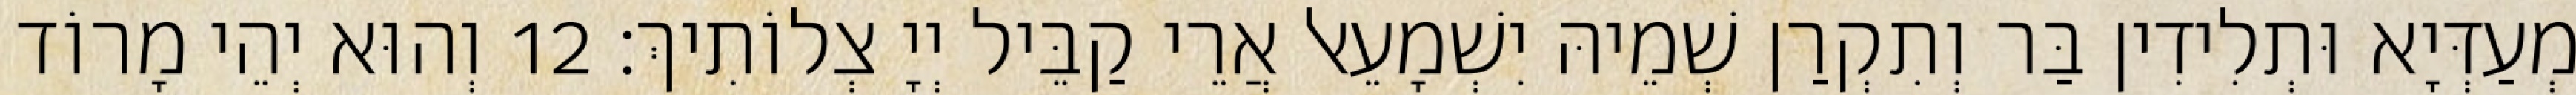
מְעַדְּיָא וּתְלִידִין בַּר וְתִקְרַן שְׁמֵיהּ יִשְׁמָעֵאל אֲרֵי קַבֵּיל יְיָ צְלוֹתִיךְ׃ 12 וְהוּא יְהֵי מָרוֹד